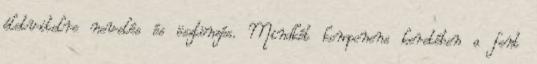
életvitelre nevelés és ösztönzés. Mindkét komponens keretében a fent